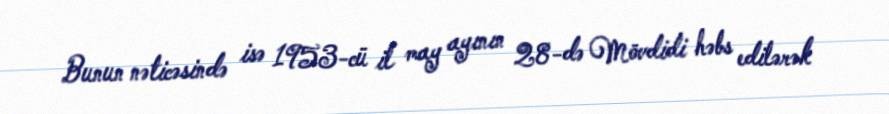
Bunun nəticəsində isə 1953-cü il may ayının 28-də Mövdidi həbs edilərək